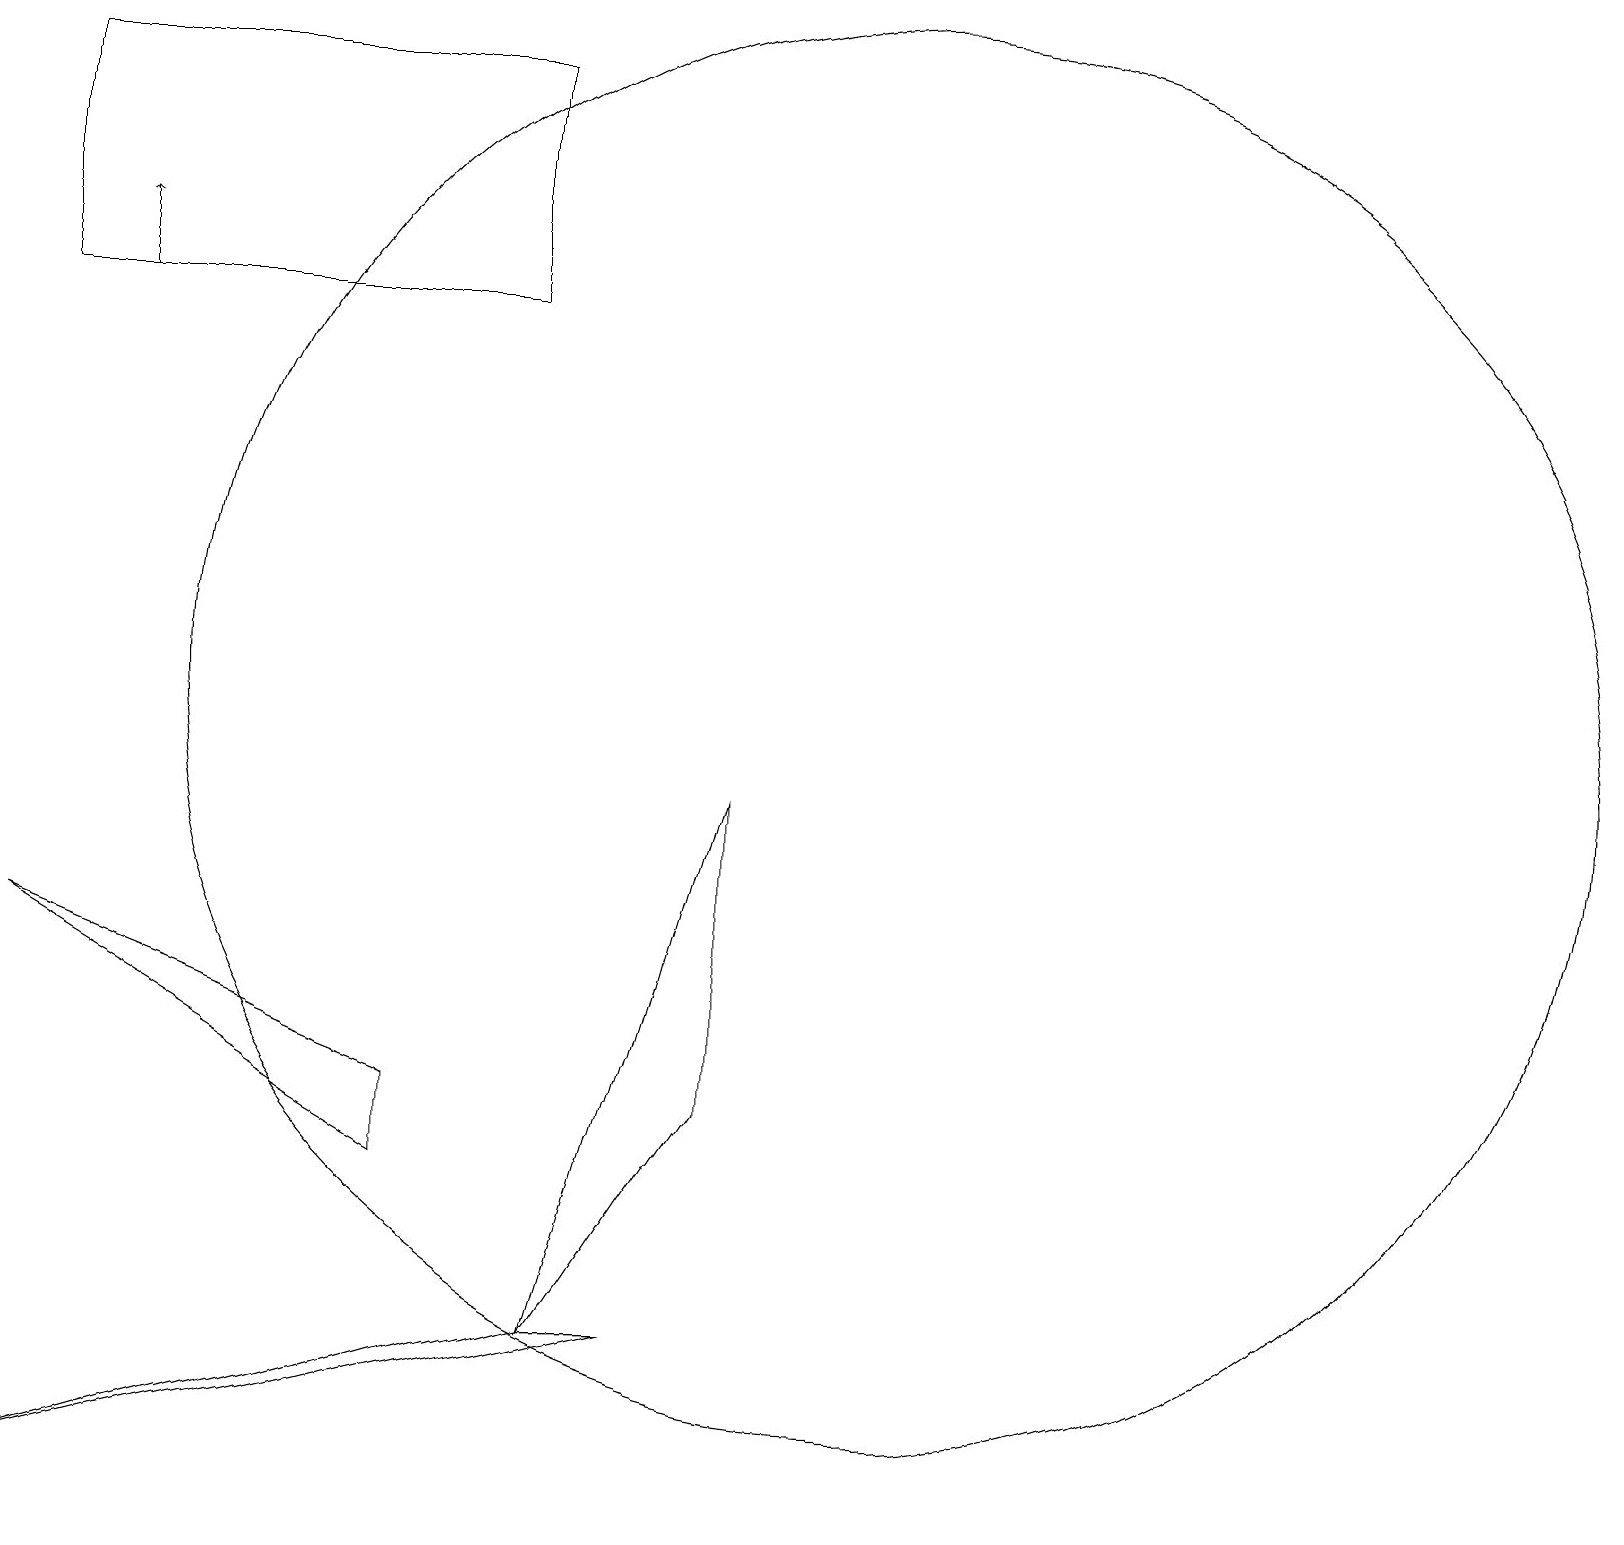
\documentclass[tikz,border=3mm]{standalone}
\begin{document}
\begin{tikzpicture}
\draw (7,2) -- (9,9) -- (9,5) -- cycle;
\draw (0,7) -- (5,5) -- (5,4) -- cycle;
\draw (11,10) circle (9);
\draw (0,18) rectangle (6,15);
\draw (8,2) -- (7,2) -- (0,0) -- cycle;
\draw[->] (1,15) -- (1,16);
\draw[->] (2,19) -- (2,19);
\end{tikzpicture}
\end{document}